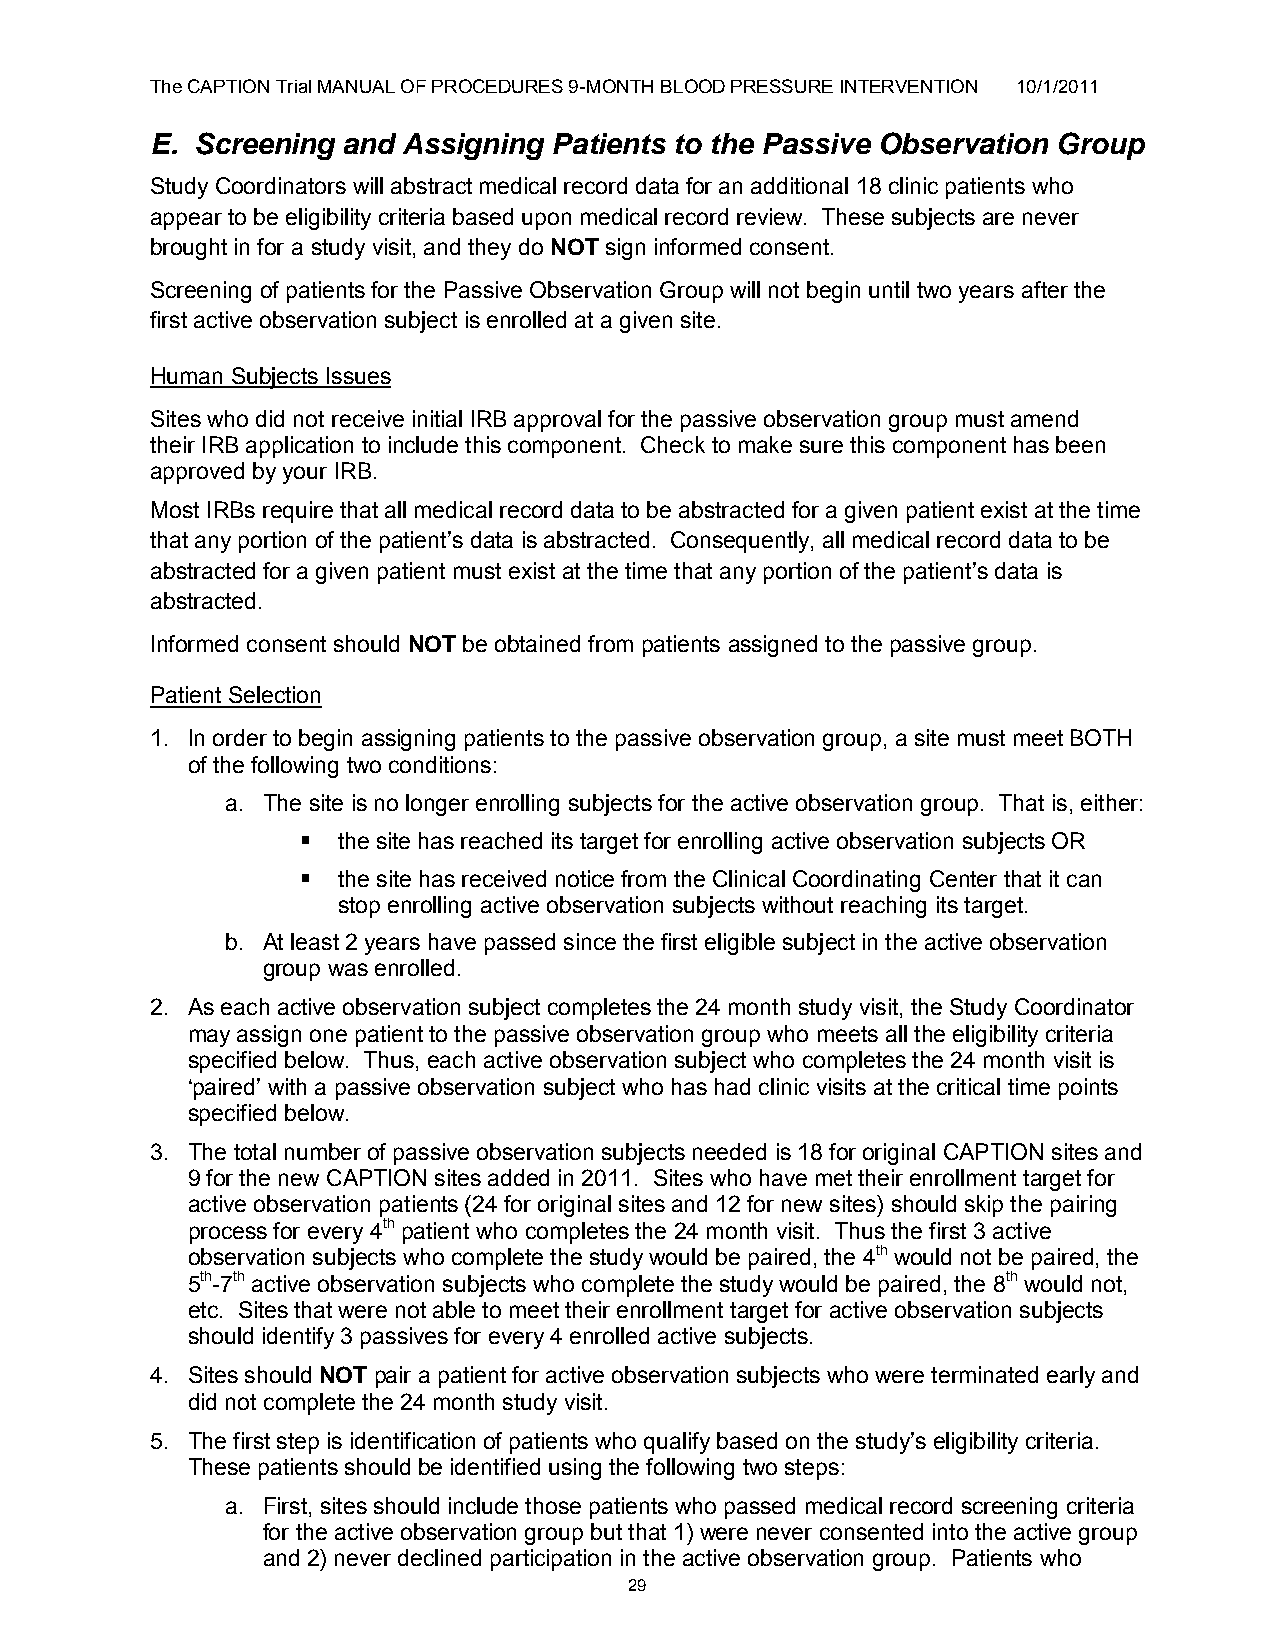
The CAPTION Trial MANUAL OF PROCEDURES 9-MONTH BLOOD PRESSURE INTERVENTION 10/1/2011
 E. Screening and Assigning Patients to the Passive Observation Group
 Study Coordinators will abstract medical record data for an additional 18 clinic patients who
 appear to be eligibility criteria based upon medical record review. These subjects are never
 brought in for a study visit, and they do NOT sign informed consent.
 Screening of patients for the Passive Observation Group will not begin until two years after the
 first active observation subject is enrolled at a given site.
 Human Subjects Issues
 Sites who did not receive initial IRB approval for the passive observation group must amend
 their IRB application to include this component. Check to make sure this component has been
 approved by your IRB.
 Most IRBs require that all medical record data to be abstracted for a given patient exist at the time
 that any portion of the patient‟s data is abstracted. Consequently, all medical record data to be
 abstracted for a given patient must exist at the time that any portion of the patient‟s data is
 abstracted.
 Informed consent should NOT be obtained from patients assigned to the passive group.
 Patient Selection
 1. In order to begin assigning patients to the passive observation group, a site must meet BOTH
 of the following two conditions:
 a. The site is no longer enrolling subjects for the active observation group. That is, either:
  the site has reached its target for enrolling active observation subjects OR
  the site has received notice from the Clinical Coordinating Center that it can
 stop enrolling active observation subjects without reaching its target.
 b. At least 2 years have passed since the first eligible subject in the active observation
 group was enrolled.
 2. As each active observation subject completes the 24 month study visit, the Study Coordinator
 may assign one patient to the passive observation group who meets all the eligibility criteria
 specified below. Thus, each active observation subject who completes the 24 month visit is
 „paired‟ with a passive observation subject who has had clinic visits at the critical time points
 specified below.
 3. The total number of passive observation subjects needed is 18 for original CAPTION sites and
 9 for the new CAPTION sites added in 2011. Sites who have met their enrollment target for
 active observation patients (24 for original sites and 12 for new sites) should skip the pairing
 process for every 4th patient who completes the 24 month visit. Thus the first 3 active
 observation subjects who complete the study would be paired, the 4th would not be paired, the
 5th-7th active observation subjects who complete the study would be paired, the 8th would not,
 etc. Sites that were not able to meet their enrollment target for active observation subjects
 should identify 3 passives for every 4 enrolled active subjects.
 4. Sites should NOT pair a patient for active observation subjects who were terminated early and
 did not complete the 24 month study visit.
 5. The first step is identification of patients who qualify based on the study‟s eligibility criteria.
 These patients should be identified using the following two steps:
 a. First, sites should include those patients who passed medical record screening criteria
 for the active observation group but that 1) were never consented into the active group
 and 2) never declined participation in the active observation group. Patients who
 29